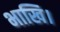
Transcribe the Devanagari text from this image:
भाखि।